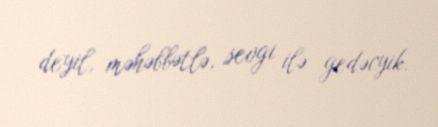
deyil, məhəbbətlə, sevgi ilə gedəcyik.